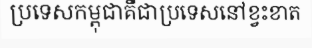
ប្រទេសកម្ពុជាគឺជាប្រទេសនៅខ្វះខាត